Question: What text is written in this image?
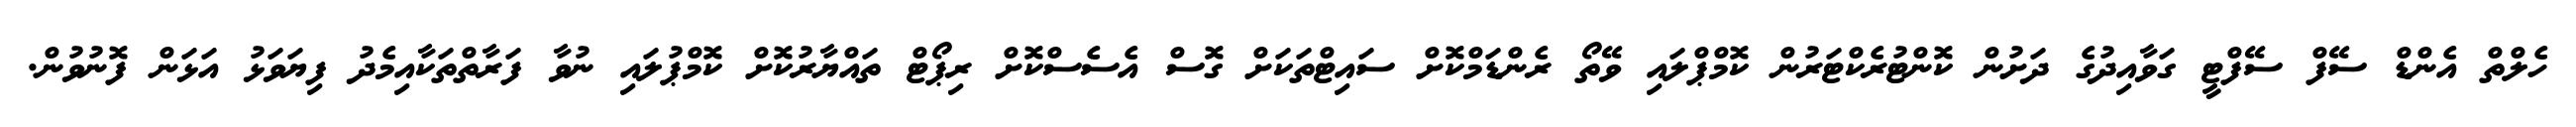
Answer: ހެލްތް އެންޑް ސޭފް ސޭފްޓީ ގަވާއިދުގެ ދަށުން ކޮންޓުރެކްޓަރުން ކޮމްޕްލައި ވޭތޯ ރެންޑަމްކޮށް ސައިޓްތަކަށް ގޮސް އެސެސްކޮށް ރިޕޯޓް ތައްޔާރުކޮށް ކޮމްޕުލައި ނުވާ ފަރާތްތަކާއިމެދު ފިޔަވަޅު އަޅަން ފޮނުވުން.